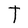
Character: T